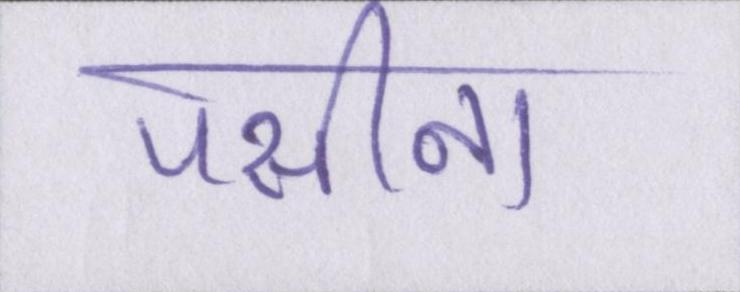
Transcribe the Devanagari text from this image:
पसीना